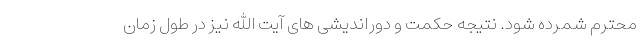
محترم شمرده شود. نتیجه حکمت و دوراندیشی های آیت الله نیز در طول زمان